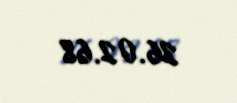
26.02.68